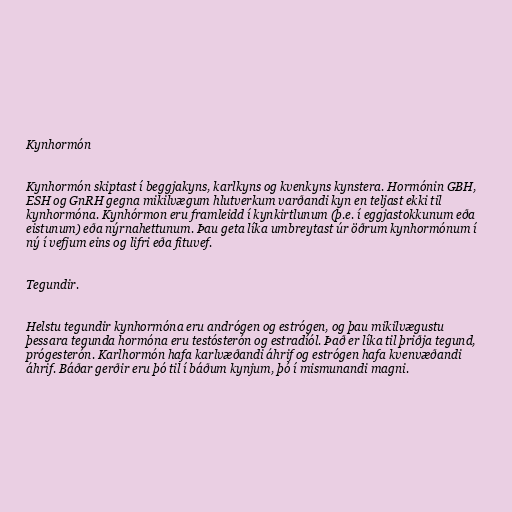
Kynhormón

Kynhormón skiptast í beggjakyns, karlkyns og kvenkyns kynstera. Hormónin GBH,
ESH og GnRH gegna mikilvægum hlutverkum varðandi kyn en teljast ekki til
kynhormóna. Kynhórmon eru framleidd í kynkirtlunum (þ.e. í eggjastokkunum eða
eistunum) eða nýrnahettunum. Þau geta líka umbreytast úr öðrum kynhormónum í
ný í vefjum eins og lifri eða fituvef.

Tegundir.

Helstu tegundir kynhormóna eru andrógen og estrógen, og þau mikilvægustu
þessara tegunda hormóna eru testósterón og estradíól. Það er líka til þriðja tegund,
prógesterón. Karlhormón hafa karlvæðandi áhrif og estrógen hafa kvenvæðandi
áhrif. Báðar gerðir eru þó til í báðum kynjum, þó í mismunandi magni.